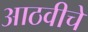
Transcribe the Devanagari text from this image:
आठवीचे